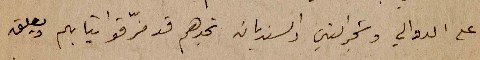
على الدوالي وشجر التين والسنديان تجدهم قد مزّقوا ثيابهم ويعلق